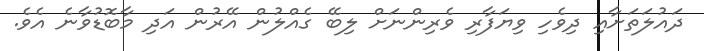
ދައުލަތަށާއި ދިވެހި ވިޔަފާރި ވެރިންނަށް ލިބޭ ގެއްލުން އޭރުން އަދި މާބޮޑުވާނެ އެވެ.